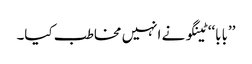
’’بابا‘‘ ٹینگو نے انہیں مخاطب کیا۔